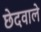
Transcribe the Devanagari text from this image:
छेदवाले